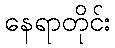
နေရာတိုင်း